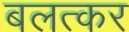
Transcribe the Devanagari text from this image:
बलत्कर